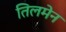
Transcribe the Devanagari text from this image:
तिलमेन